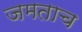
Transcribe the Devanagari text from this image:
जमताच